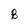
Character: B